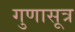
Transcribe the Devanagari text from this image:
गुणासूत्र